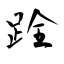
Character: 跧